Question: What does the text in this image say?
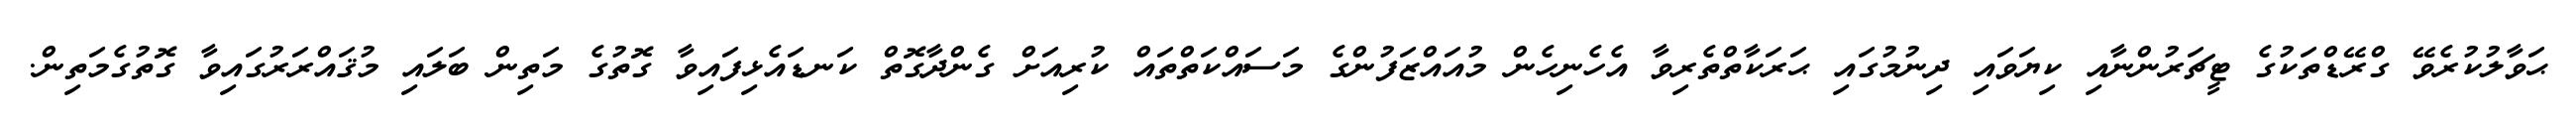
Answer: ޙަވާލުކުރެވޭ ގްރޭޑްތަކުގެ ޓީޗަރުންނާއި ކިޔަވައި ދިނުމުގައި ޙަރަކާތްތެރިވާ އެހެނިހެން މުއައްޒަފުންގެ މަސައްކަތްތައް ކުރިއަށް ގެންދާގޮތް ކަނޑައެޅިފައިވާ ގޮތުގެ މަތިން ބަލައި މުޤައްރަރުގައިވާ ގޮތުގެމަތިން.